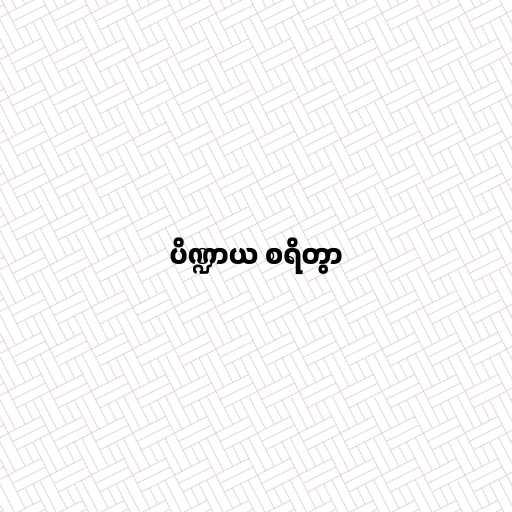
ပိဏ္ဍာယ စရိတွာ